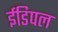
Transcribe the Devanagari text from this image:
ईडिपल